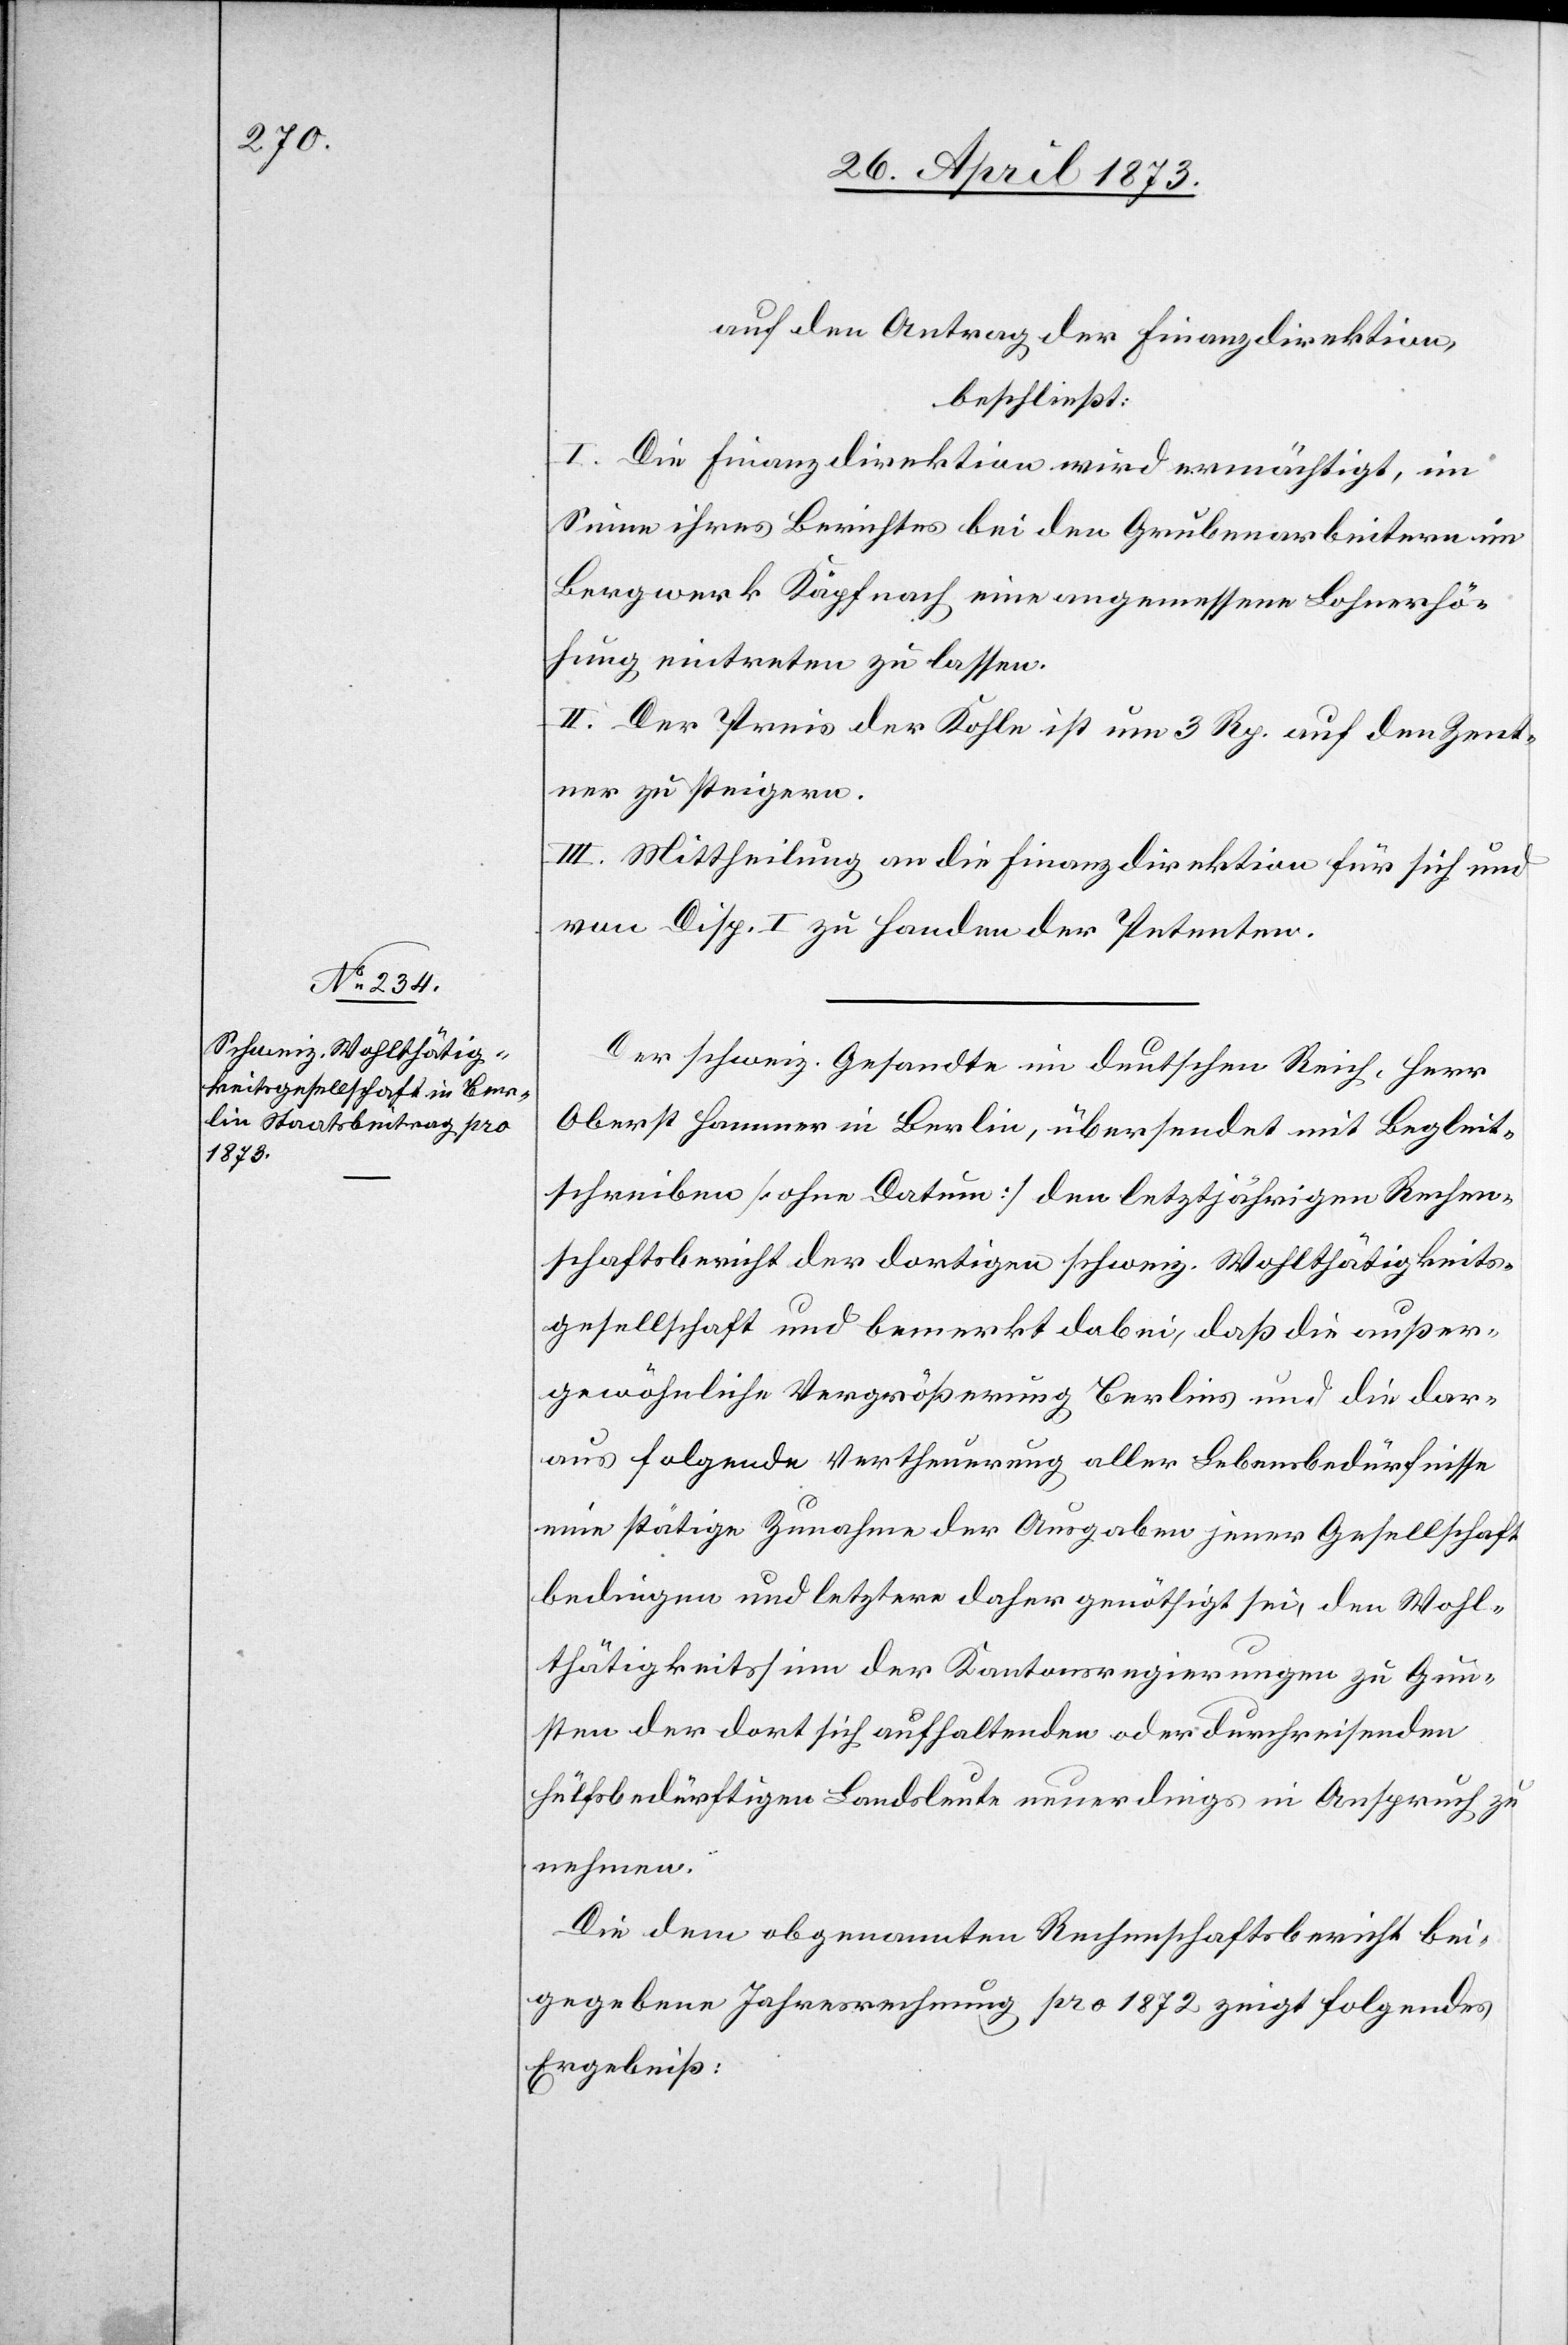
auf den Antrag der Finanzdirektion,
beschließt:
I. Die Finanzdirektion wird ermächtigt, im
Sinne ihres Berichtes bei den Grubenarbeitern im
Bergwerk Käpfnach eine angemessene Lohnerhö¬
hung eintreten zu lassen.
II. Der Preis der Kohle ist um 3 Rp. auf den Zent¬
ner zu steigern.
III. Mittheilung an die Finanzdirektion für sich und
von Disp. I zu Handen der Petenten.
Der schweiz. Gesandte im deutschen Reich, Herr
Oberst Hammer in Berlin, übersendet mit Begleit¬
schreiben [ohne Datum] den letztjährigen Rechen¬
schaftsbericht der dortigen schweiz. Wohlthätigkeits¬
gesellschaft und bemerkt dabei, daß die außer¬
gewöhnliche Vergrößerung Berlins und die dar¬
aus folgende Vertheuerung aller Lebensbedürfnisse
eine stätige Zunahme der Ausgaben jener Gesellschaft
bedingen und letztere daher genöthigt sei, den Wohl¬
thätigkeitssinn der Kantonsregierungen zu Gun¬
sten der dort sich aufhaltenden oder durchreisenden
hülfsbedürftigen Landsleute neuerdings in Anspruch zu
nehmen.
Die dem obgenannten Rechenschaftsbericht bei¬
gegebene Jahresrechnung pro 1872 zeigt folgendes
Ergebniß: